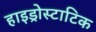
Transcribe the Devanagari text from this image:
हाइड्रोस्टाटिक